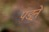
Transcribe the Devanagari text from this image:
पङ्ने